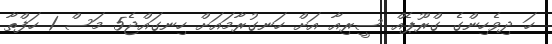
ހަ ދިވެހިންގެ ގްރޫޕެއް ސީރިއާ އަށް ހަނގުރާމައަށް ހިނގައްޖެ5 މަސް 1 ހަފްތާ